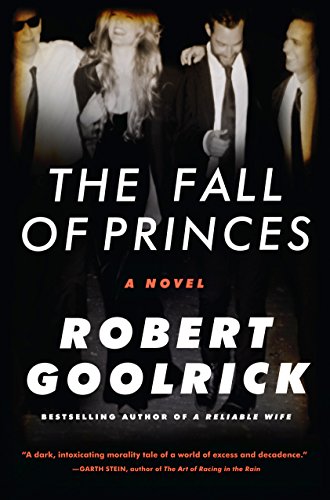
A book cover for The Fall of Princes: A Novel; Robert Goolrick; Literature & Fiction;